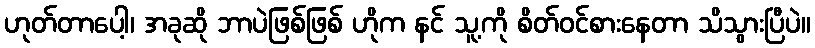
ဟုတ်တာပေါ့၊ အခုဆို ဘာပဲဖြစ်ဖြစ် ဟိုက နင် သူ့ကို စိတ်ဝင်စားနေတာ သိသွားပြီပဲ။